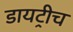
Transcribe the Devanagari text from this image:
डायट्रीच